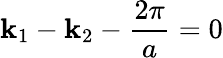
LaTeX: \mathbf{k}_{1}-\mathbf{k}_{2}-\frac{{2\pi}}{{a}}=0